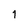
Character: 1